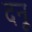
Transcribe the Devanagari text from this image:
दनू